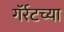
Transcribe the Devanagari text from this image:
गॅर्रटच्या